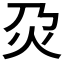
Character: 𤆄